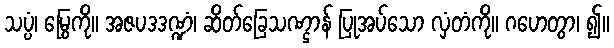
သပ္ပံ၊ မြွေကို။ အဇပဒဒဏ္ဍံ၊ ဆိတ်ခြေသဏ္ဌာန် ပြုအပ်သော လှံတံကို။ ဂဟေတွာ၊ ၍။